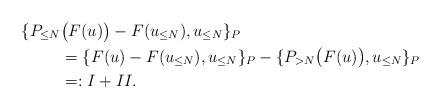
LaTeX: \begin{align*}\{P_{\leq N}&\big(F(u)\big)-F(u_{\leq N}),u_{\leq N}\}_P\\ &=\{F(u)-F(u_{\leq N}),u_{\leq N}\}_P-\{P_{>N}\big(F(u)\big),u_{\leq N}\}_P\\ &=:I+II.\end{align*}